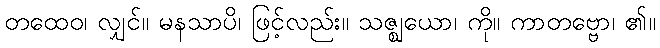
တထေဝ၊ လျှင်။ မနသာပိ၊ ဖြင့်လည်း။ သဇ္ဈယော၊ ကို။ ကာတဗ္ဗော၊ ၏။